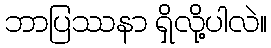
ဘာပြဿနာ ရှိလို့ပါလဲ။